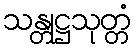
သန္တုဋ္ဌသုတ္တံ